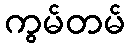
ကွမ်တမ်